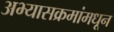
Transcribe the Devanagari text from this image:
अभ्यासक्रमांमधून